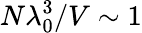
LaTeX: N\lambda_{0}^{3}/V\sim 1